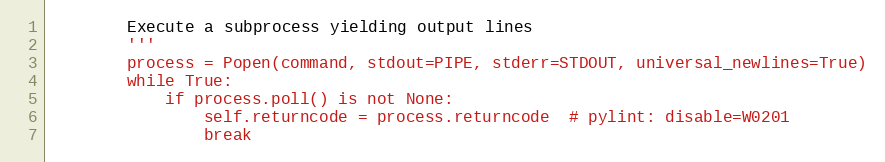
Language: Python
        Execute a subprocess yielding output lines
        '''
        process = Popen(command, stdout=PIPE, stderr=STDOUT, universal_newlines=True)
        while True:
            if process.poll() is not None:
                self.returncode = process.returncode  # pylint: disable=W0201
                break